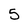
Character: 5